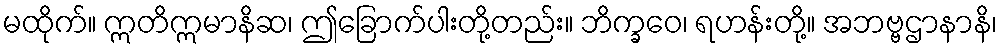
မထိုက်။ ဣတိဣမာနိဆ၊ ဤခြောက်ပါးတို့တည်း။ ဘိက္ခဝေ၊ ရဟန်းတို့။ အဘဗ္ဗဌာနာနိ၊